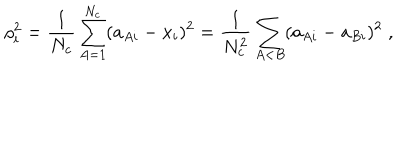
\rho _ { i } ^ { 2 } = \frac { 1 } { N _ { c } } \sum _ { A = 1 } ^ { N _ { c } } ( a _ { A i } - x _ { i } ) ^ { 2 } = \frac { 1 } { N _ { c } ^ { 2 } } \sum _ { A < B } ( a _ { A i } - a _ { B i } ) ^ { 2 } \; ,